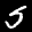
Label: 5